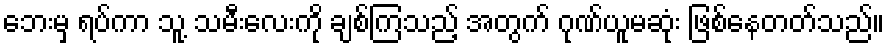
ဘေးမှ ရပ်ကာ သူ့ သမီးလေးကို ချစ်ကြသည့် အတွက် ဂုဏ်ယူမဆုံး ဖြစ်နေတတ်သည်။